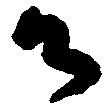
御